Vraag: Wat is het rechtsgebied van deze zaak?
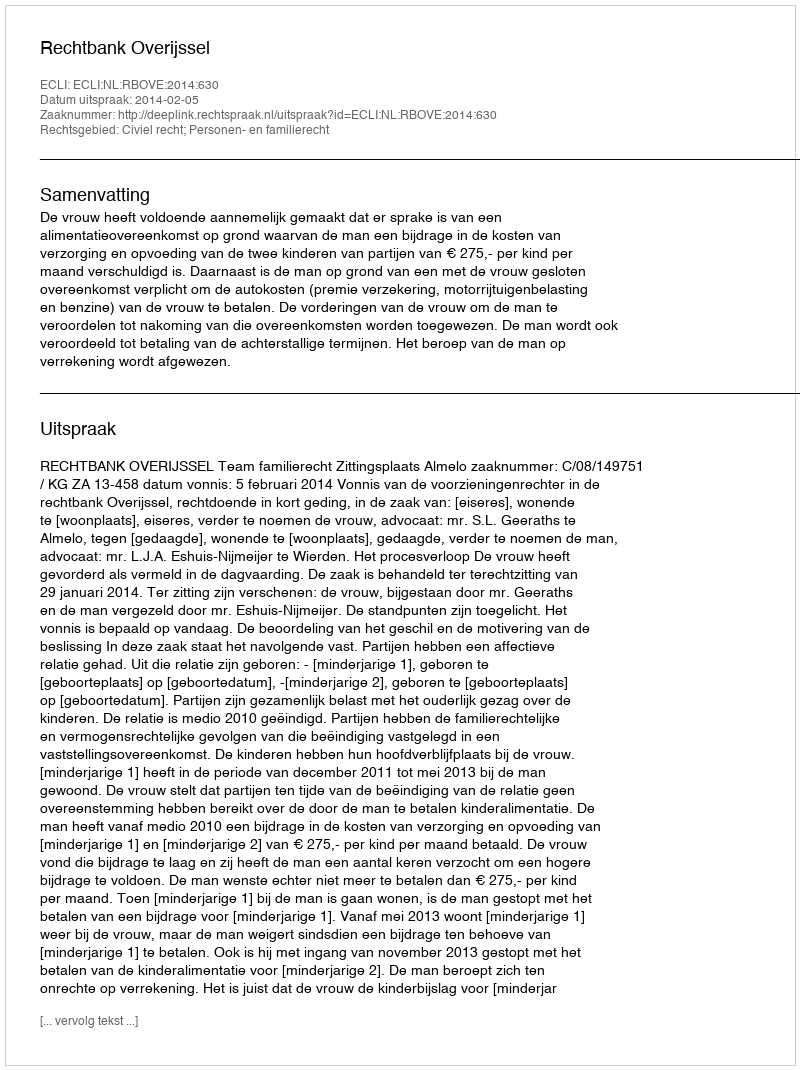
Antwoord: Civiel recht; Personen- en familierecht